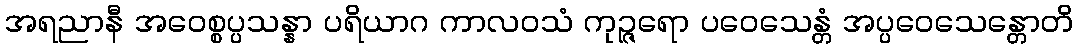
အရညာနီ အဝေစ္စပ္ပသန္နာ ပရိယာဂ ကာလဝသံ ကုဉ္ဇရော ပဝေသေန္တံ အပ္ပဝေသေန္တောတိ